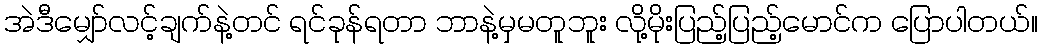
အဲဒီမျှော်လင့်ချက်နဲ့တင် ရင်ခုန်ရတာ ဘာနဲ့မှမတူဘူး လို့မိုးပြည့်ပြည့်မောင်က ပြောပါတယ်။